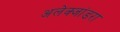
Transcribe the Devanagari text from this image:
अलेक्जांडरा